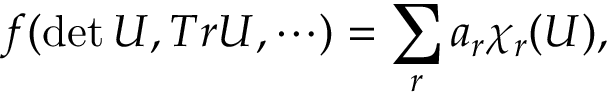
f ( \operatorname * { d e t } U , T r U , \cdots ) = \sum _ { r } a _ { r } \chi _ { r } ( U ) ,